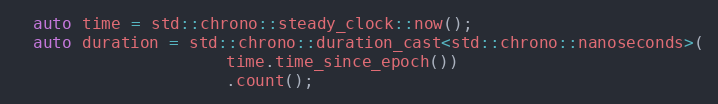
Language: C++
  auto time = std::chrono::steady_clock::now();
  auto duration = std::chrono::duration_cast<std::chrono::nanoseconds>(
                      time.time_since_epoch())
                      .count();